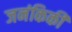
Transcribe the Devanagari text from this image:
जनंकिकी